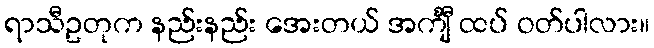
ရာသီဥတုက နည်းနည်း အေးတယ် အင်္ကျီ ထပ် ဝတ်ပါလား။